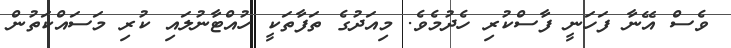
ވެސް އޭނާ ފަހަނީ ފާސްކުރި ހެދުމެވެ. މިއަދުގެ ތަފާތަކީ ހުއްޓާނުލައި ކުރި މަސައްކަތުން